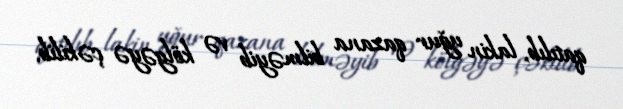
qatılıb, lakin uğur qazana bilməyib və kölgəyə çəkilib.